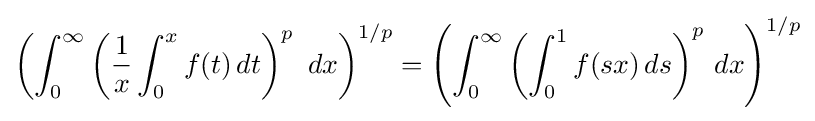
\left(\int _{0}^{\infty }\left({\frac {1}{x}}\int _{0}^{x}f(t)\,dt\right)^{p}\ dx\right)^{1/p}=\left(\int _{0}^{\infty }\left(\int _{0}^{1}f(sx)\,ds\right)^{p}\,dx\right)^{1/p}